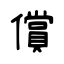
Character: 償